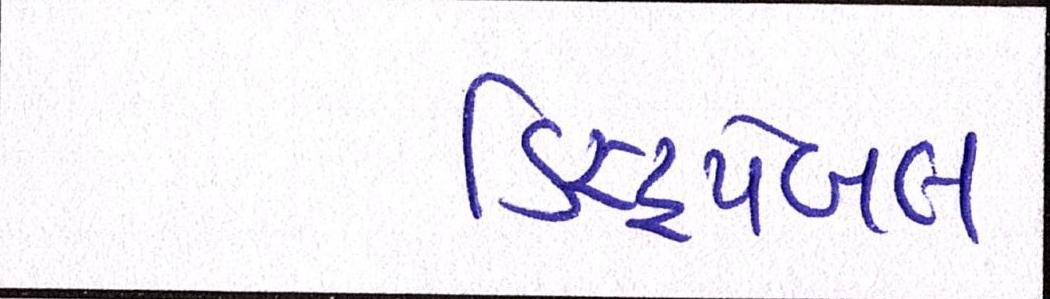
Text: ડિસ્ટ્રપેબલ